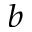
^ { b }